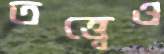
তত্ত্বেও